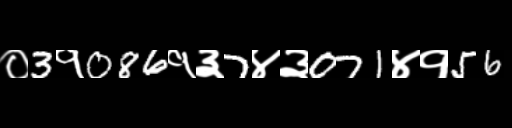
Text: ०3१086१३7४३071४१56